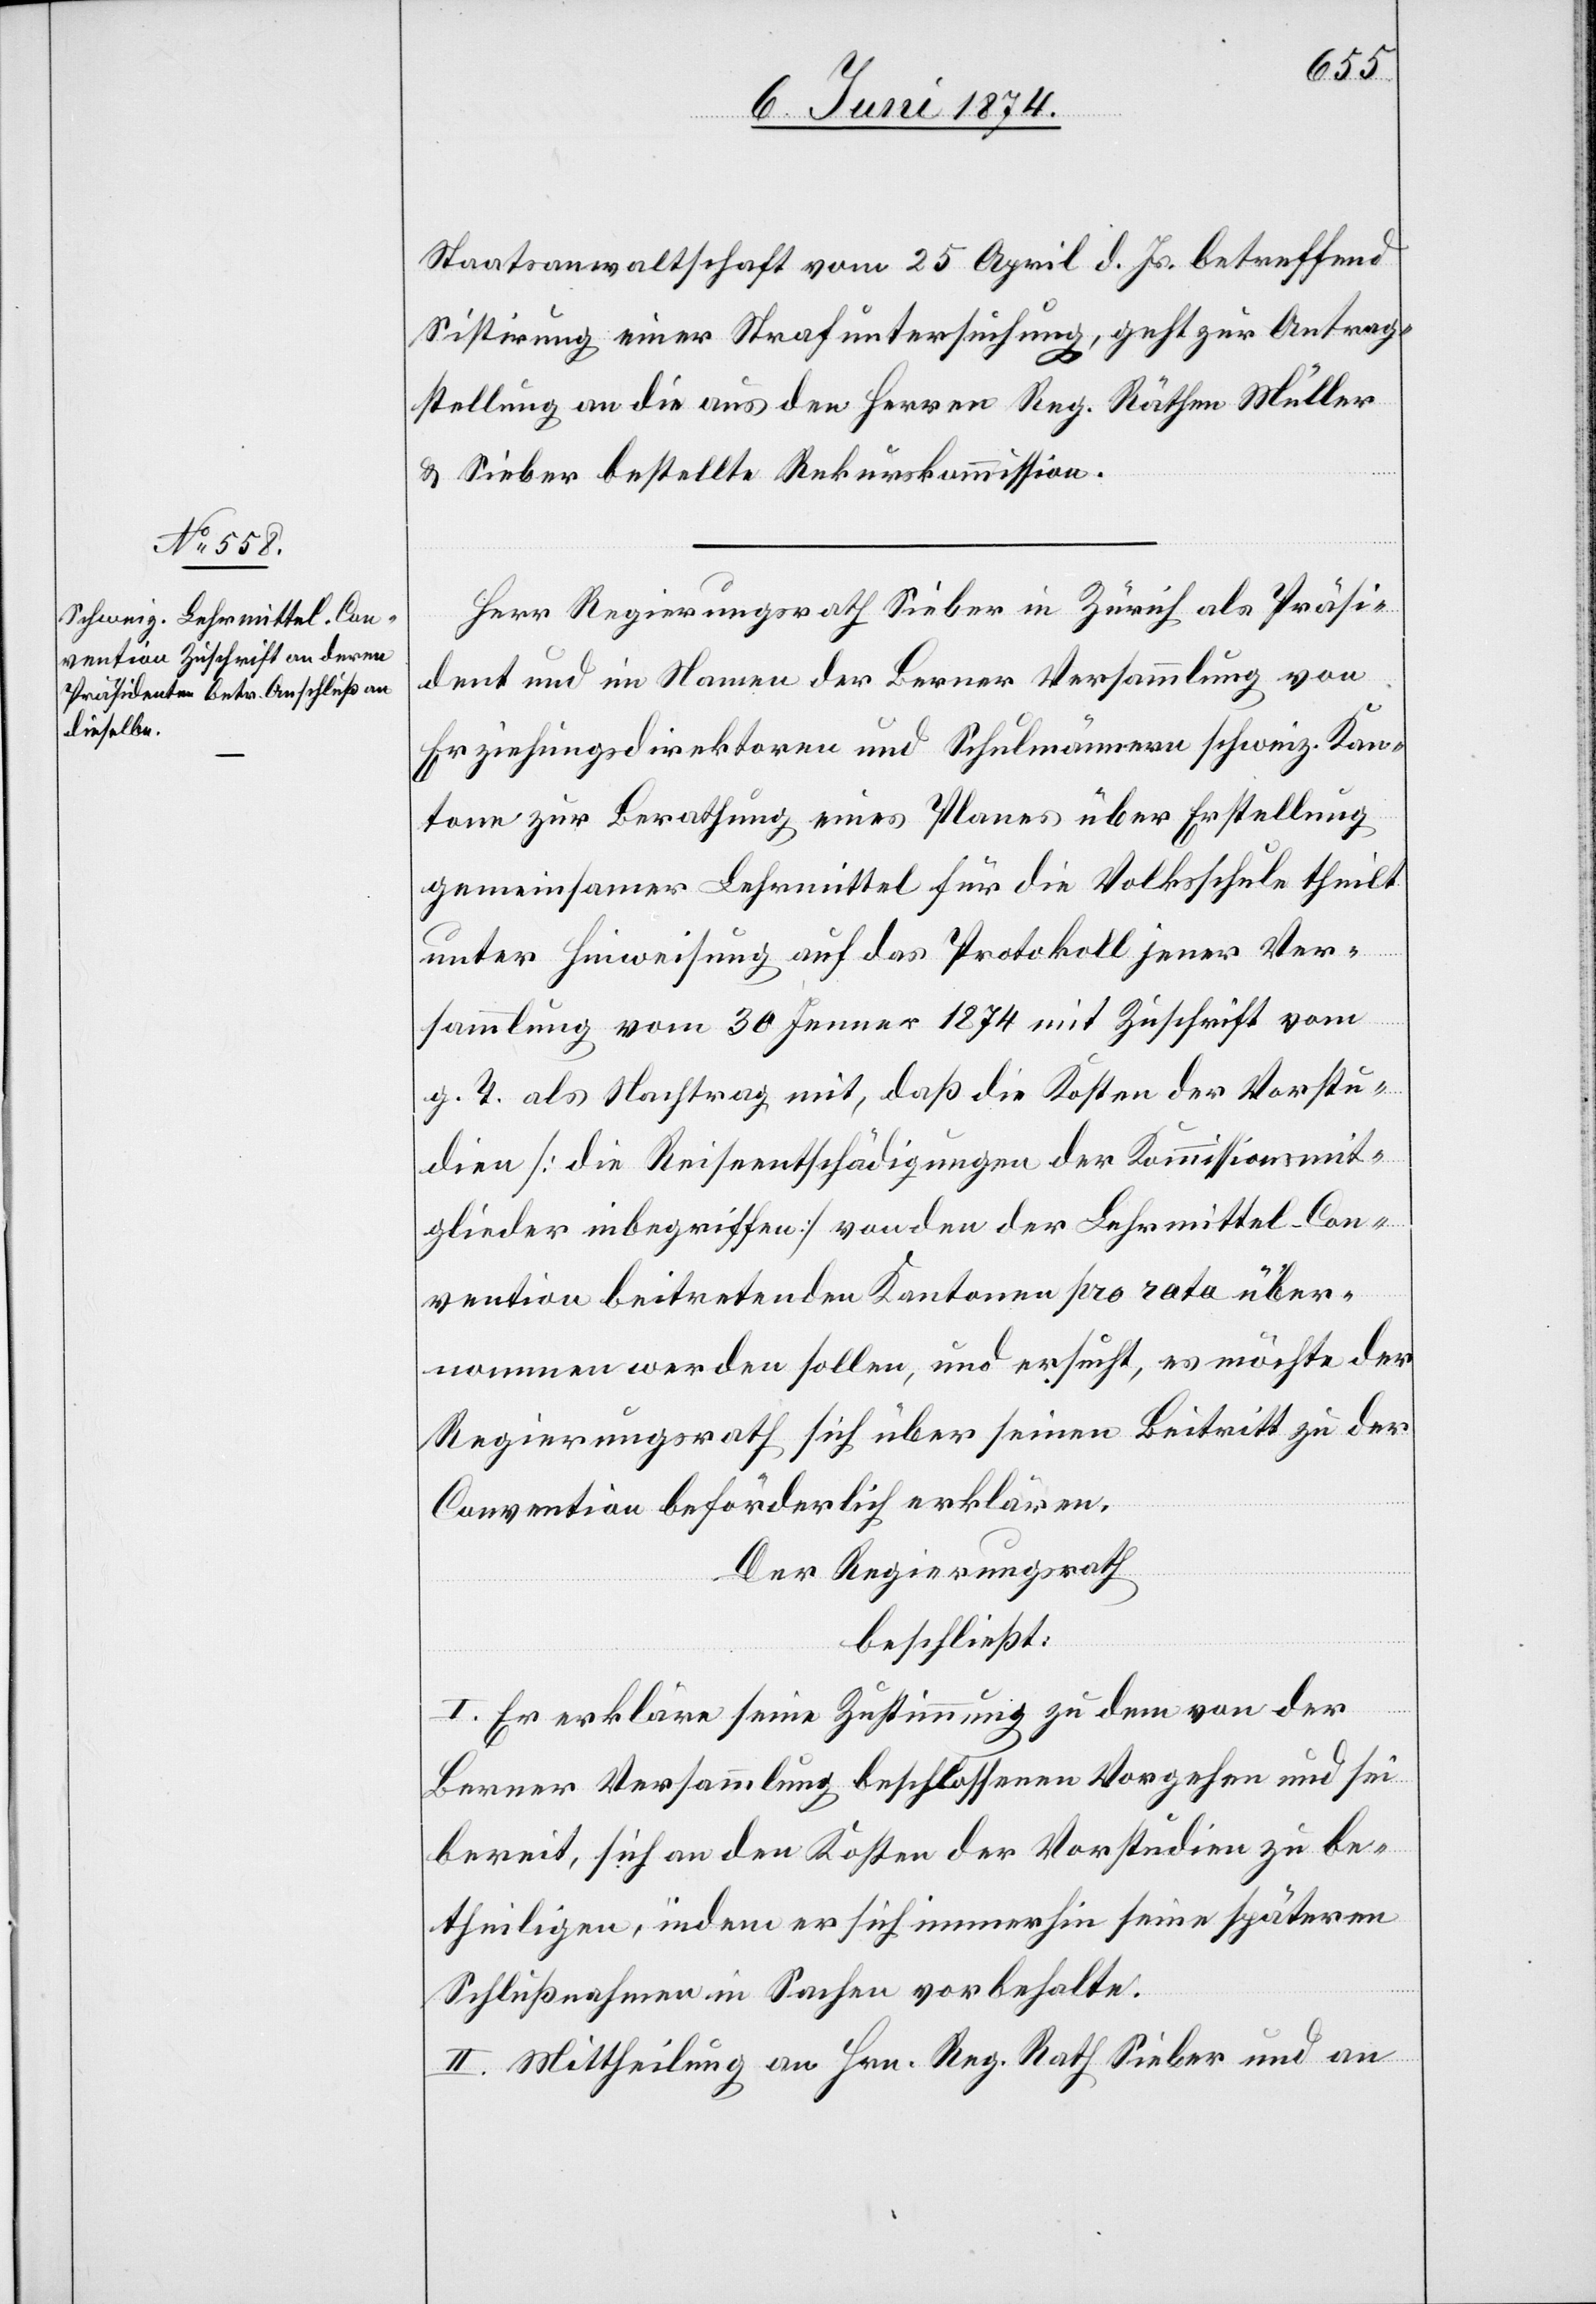
Staatsanwaltschaft vom 25. April d. Js. betreffend
Sistirung einer Strafuntersuchung, geht zur Antrag¬
stellung an die aus den Herren Reg. Räthen Müller
u. Sieber bestellte Rekurskommission.
Herr Regierungsrath Sieber in Zürich als Präsi¬
dent und im Namen der Berner Versammlung von
Erziehungsdirektoren und Schulmännern schweiz. Kan¬
tone zur Berathung eines Planes über Erstellung
gemeinsamer Lehrmittel für die Volksschule theilt
unter Hinweisung auf das Protokoll jener Ver¬
sammlung vom 30. Jenner 1874 mit Zuschrift vom
g. T. als Nachtrag mit, daß die Kosten der Vorstu¬
dien [die Reiseentschädigungen der Kommissionsmit¬
glieder inbegriffen] von den der Lehrmittel-Con¬
vention beitretenden Kantonen pro rata über¬
nommen werden sollen, und ersucht, es möchte der
Regierungsrath sich über seinen Beitritt zu der
Convention beförderlich erklären.
der Regierungsrath
beschließt:
I. Er erkläre seine Zustimmung zu dem von der
Berner Versammlung beschlossenen Vorgehen und sei
bereit, sich an den Kosten der Vorstudien zu be¬
theiligen, indem er sich immerhin seine späteren
Schlußnahmen in Sachen vorbehalte.
II. Mittheilung an Hrn. Reg. Rath Sieber und an